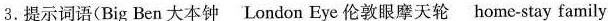
3.提示词语(Big Ben 大本钟 London Eye 伦敦眼摩天轮 home-stay family